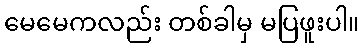
မေမေကလည်း တစ်ခါမှ မပြဖူးပါ။